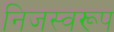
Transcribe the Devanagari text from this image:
निजस्वरूप